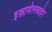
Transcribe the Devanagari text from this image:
इस्रायेलबाहेर